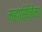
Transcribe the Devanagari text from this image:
महासिनेमा